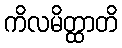
ကိလမိတ္ထာတိ